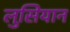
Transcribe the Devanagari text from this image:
लुसियान